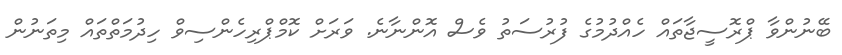
ބޭނުންވާ ޕްރޮސީޖާތައް ހެއްދުމުގެ ފުރުސަތު ވެސް އޮންނާނެ. ވަރަށް ކޮމްޕްރިހެންސިވް ހިދުމަތްތައް މިތަނުން